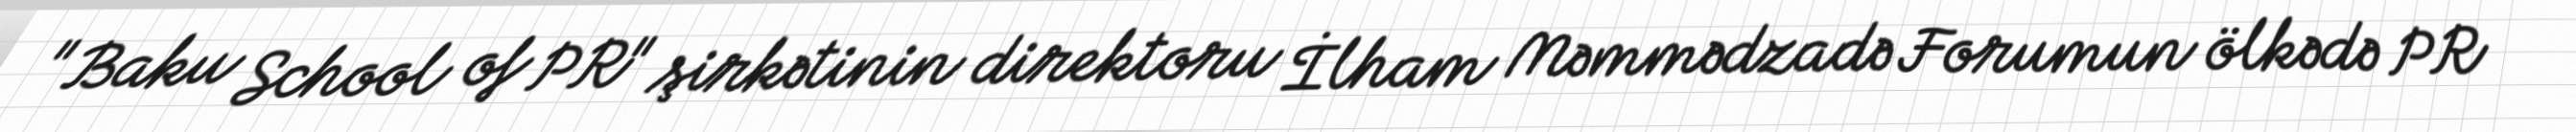
"Baku School of PR" şirkətinin direktoru İlham Məmmədzadə Forumun ölkədə PR